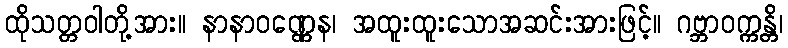
ထိုသတ္တဝါတို့အား။ နာနာဝဏ္ဏေန၊ အထူးထူးသောအဆင်းအားဖြင့်။ ဂဗ္ဘာဝက္ကန္တိ၊